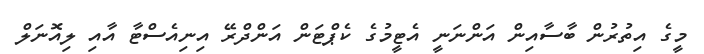
މީގެ އިތުރުން ބާސާއިން އަންނަނީ އެޓީމުގެ ކެޕްޓަން އަންދްރޭ އިނިއެސްޓާ އާއި ލިއޮނަލް